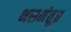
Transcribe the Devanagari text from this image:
भसमंतू॥